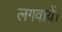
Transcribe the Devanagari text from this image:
लगवायें।